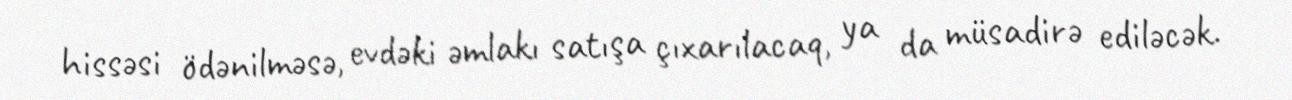
hissəsi ödənilməsə, evdəki əmlakı satışa çıxarılacaq, ya da müsadirə ediləcək.